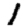
Digit: 1